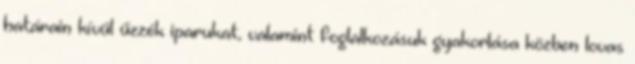
határain kívül űzzék iparukat, valamint foglalkozásuk gyakorlása közben lovas